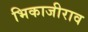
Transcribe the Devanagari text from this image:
भिकाजीराव